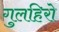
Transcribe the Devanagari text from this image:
गुलहिरो